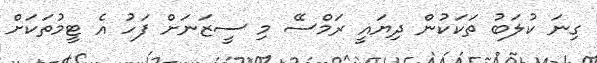
ގިނަ ކުލަބު ތަކަކުން ދިޔައީ ރަމްސޭ މި ސީޒަނަށް ފަހު އެ ޓީމުތަކަށް